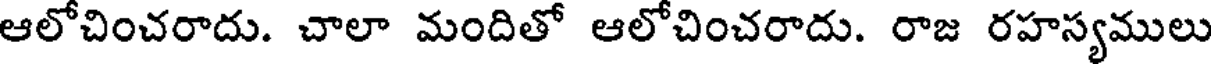
ఆలోచించరాదు. చాలా మందితో ఆలోచించరాదు. రాజ రహస్యములు